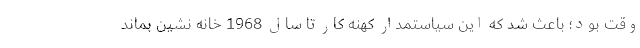
وقت بود؛ باعث شد که این سیاستمدار کهنه کار تا سال 1968 خانه نشین بماند